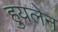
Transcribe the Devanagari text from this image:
हुयलेन